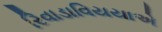
રિવાડાવિયયાએ